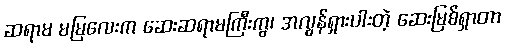
ဆရာမ မမြလေးက ဆေးဆရာမကြီးကွ၊ အလွန်ရှားပါးတဲ့ ဆေးမြစ်ရှာတာ